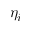
\eta _ { i }